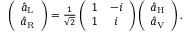
\begin{array} { r } { \left( \begin{array} { c } { \hat { a } _ { \mathrm { L } } } \\ { \hat { a } _ { \mathrm { R } } } \end{array} \right) = \frac { 1 } { \sqrt { 2 } } \left( \begin{array} { c c } { 1 } & { - i } \\ { 1 } & { i } \end{array} \right) \left( \begin{array} { c } { \hat { a } _ { \mathrm { H } } } \\ { \hat { a } _ { \mathrm { V } } } \end{array} \right) . } \end{array}